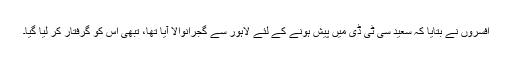
افسروں نے بتایا کہ سعید سی ٹی ڈی میں پیش ہونے کے لئے لاہور سے گجرانوالا آیا تھا، تبھی اس کو گرفتار کر لیا گیا۔